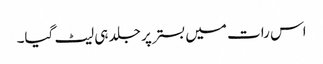
اس رات میں بستر پر جلد ہی لیٹ گیا۔